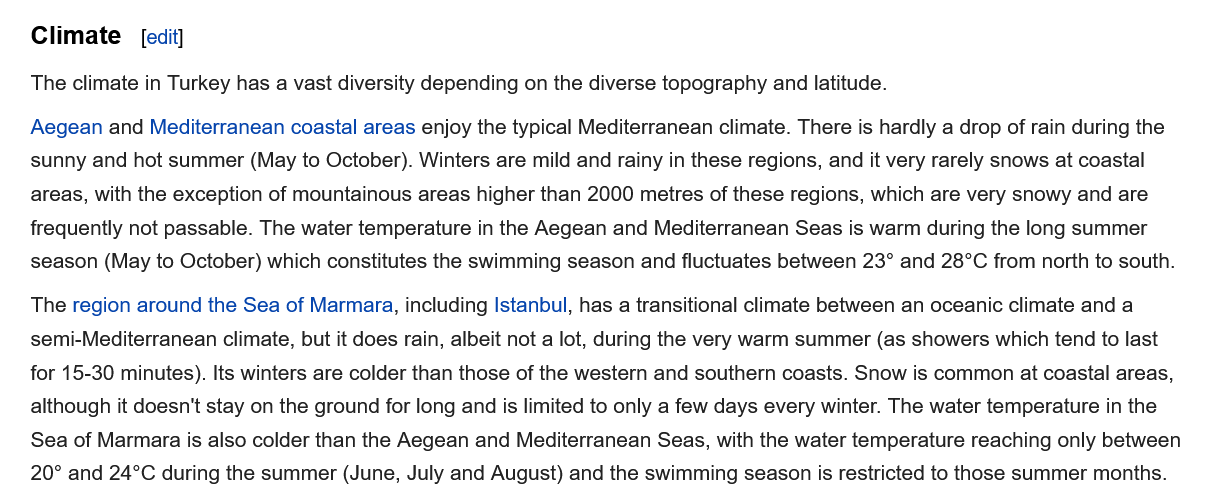
Climate
   The region around the Sea of Marmara, including Istanbul, has
  a
     transitional climate between an oceanic climate and a
   semi-Mediterranean climate, but it does rain, albeit not a lot, during the very warm summer (as showers which tend to last
   for 15-30 minutes). Its winters are colder than those of the western and southern coasts. Snow is common at coastal areas,
   although it doesn't stay on the ground for long and is limited to only a few days every winter. The water temperature in the
   Sea of Marmara is also colder than the Aegean and Mediterranean Seas, with the water temperature reaching only between
   20° and 24°C during the summer (June, July and August) and the swimming season is restricted to those summer months.
     [edit]
   The climate in Turkey has a vast diversity depending on the diverse topography and latitude.
   Aegean and Mediterranean coastal areas enjoy the typical Mediterranean climate. There is hardly a drop of rain during the
   sunny and hot summer (May to October). Winters are mild and rainy in these regions, and it very rarely snows at coastal
   areas, with the exception of mountainous areas higher than 2000 metres of these regions, which are very snowy and are
   frequently not passable. The water temperature in the Aegean and Mediterranean Seas is warm during the long summer
   season (May to October) which constitutes the swimming season and fluctuates between 23° and 28°C from north to south.